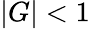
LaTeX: |G|<1